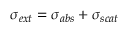
\sigma _ { e x t } = \sigma _ { a b s } + \sigma _ { s c a t }